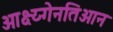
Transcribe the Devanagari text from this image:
ओक्ष्य्गेनतिओन